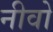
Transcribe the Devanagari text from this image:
नीवो